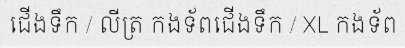
ជើងទឹក / លីត្រ កងទ័ពជើងទឹក / XL កងទ័ព